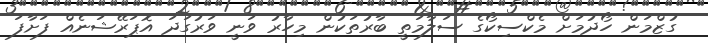
ގުޒްމަން ހޯދުމަށް މެކްސިކޯގެ ސަލާމަތީ ބާރުތަކުން މިހާރު ވަނީ ވަރުގަދަ އޮޕަރޭޝަނެއް ފަށާފަ